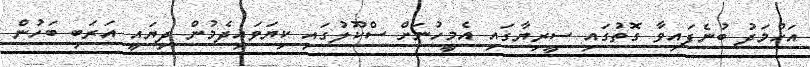
އަހުމަދު ބުނެފައިވާ ގޮތުގައި ސީރިޔާގައި އެމީހުނަށް ސްކޫލުގައި ކިޔަވައިދެމުން ދިޔައީ އަރަބި ބަހުން